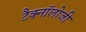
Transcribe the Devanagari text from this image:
टैक्नॉलोजी